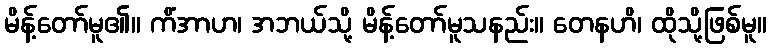
မိန့်တော်မူ၏။ ကိံအာဟ၊ အဘယ်သို့ မိန့်တော်မူသနည်း။ တေနဟိ၊ ထိုသို့ဖြစ်မူ။